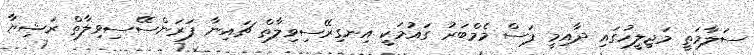
ސަލާމަތީ މަޖިލީހުގައި ދާއިމީ ފަސް މެމްބަރު ގައުމަކީ އިނގިރޭސިވިލާތް ޗައިނާ ފަރަންސޭސިވިލާތް ރަޝިޔާ